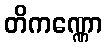
တိကဏ္ဏော